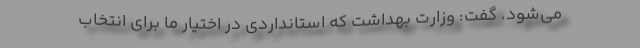
می‌شود، گفت: وزارت بهداشت که استانداردی در اختیار ما برای انتخاب